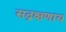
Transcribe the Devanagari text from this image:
सद्रक्षणाय